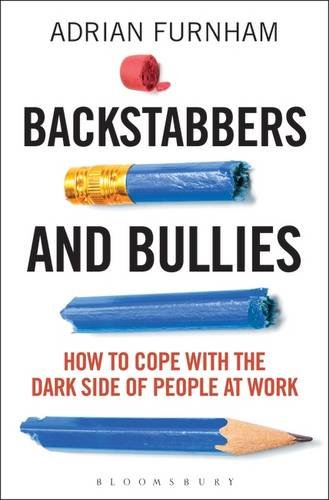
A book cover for Backstabbers and Bullies: How to Cope with the Dark Side of People at Work; Adrian Furnham; Health, Fitness & Dieting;